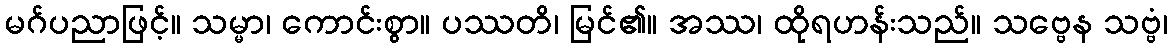
မဂ်ပညာဖြင့်။ သမ္မာ၊ ကောင်းစွာ။ ပဿတိ၊ မြင်၏။ အဿ၊ ထိုရဟန်းသည်။ သဗ္ဗေန သဗ္ဗံ၊